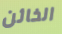
الخائن